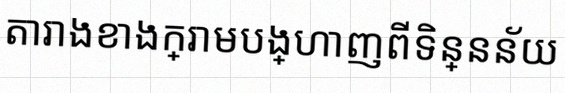
តារាងខាងក្រោមបង្ហាញពីទិន្នន័យ